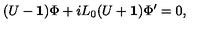
( U - { \bf 1 } ) \Phi + i L _ { 0 } ( U + { \bf 1 } ) \Phi ^ { \prime } = 0 ,